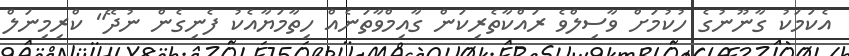
އެކަމަކު ގާނޫނުގެ ހުކުމަށް ވާސިލްވެ ރައްކާތެރިކަން ގާއިމްވާތަނެއް ހިތާމަޔާއެކު ފެނިގެން ނުދޭ" ކްރިމިނަލް